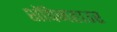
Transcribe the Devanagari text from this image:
शॉपेनहाउर